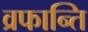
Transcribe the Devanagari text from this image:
व्रफान्ति